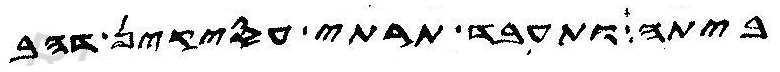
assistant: ביתה ותעבד תרתי עסקין דהב